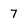
Character: 7